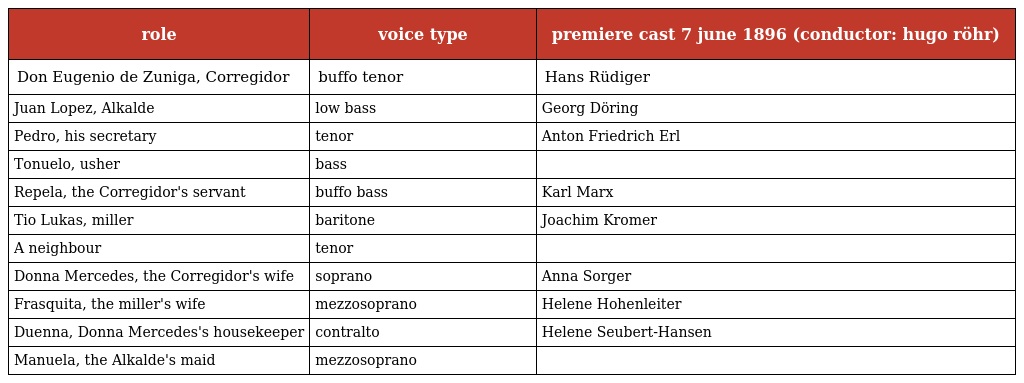
| role | voice type | premiere cast 7 june 1896 (conductor: hugo röhr) |
 | --- | --- | --- |
 | Don Eugenio de Zuniga, Corregidor | buffo tenor | Hans Rüdiger |
 | Juan Lopez, Alkalde | low bass | Georg Döring |
 | Pedro, his secretary | tenor | Anton Friedrich Erl |
 | Tonuelo, usher | bass |  |
 | Repela, the Corregidor's servant | buffo bass | Karl Marx |
 | Tio Lukas, miller | baritone | Joachim Kromer |
 | A neighbour | tenor |  |
 | Donna Mercedes, the Corregidor's wife | soprano | Anna Sorger |
 | Frasquita, the miller's wife | mezzosoprano | Helene Hohenleiter |
 | Duenna, Donna Mercedes's housekeeper | contralto | Helene Seubert-Hansen |
 | Manuela, the Alkalde's maid | mezzosoprano |  |